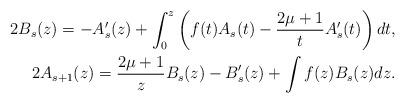
LaTeX: \begin{align*}2B_s(z) = -A_s'(z)+\int_0^z\left(f(t)A_s(t)-\frac{2\mu+1}{t} A_s'(t)\right) dt,\\2A_{s+1}(z) = \frac{2\mu+1}{z} B_s(z)- B_s'(z)+\int f(z)B_s(z) dz.\end{align*}